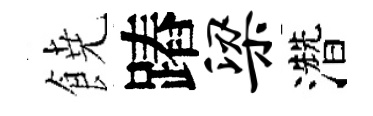
𩜙蹖梁濳